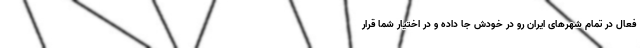
فعال در تمام شهرهای ایران رو در خودش جا داده و در اختیار شما قرار